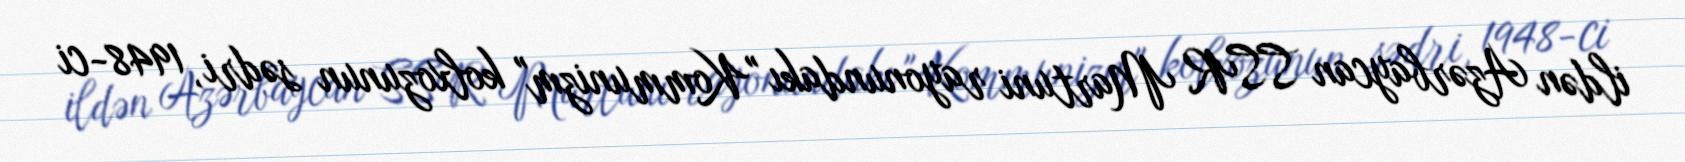
ildən Azərbaycan SSR Martuni rayonundakı "Kommunizm" kolxozunun sədri, 1948-ci